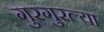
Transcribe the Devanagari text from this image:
गुरगुरल्या